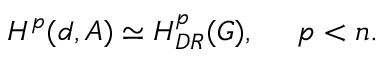
H ^ { p } ( d , { \cal A } ) \simeq H _ { D R } ^ { p } ( G ) , \ \ \ \ p < n .